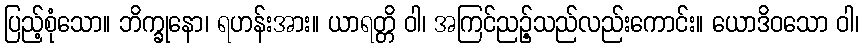
ပြည့်စုံသော။ ဘိက္ခုနော၊ ရဟန်းအား။ ယာရတ္တိ ဝါ၊ အကြင်ညဉ့်သည်လည်းကောင်း။ ယောဒိဝသော ဝါ၊